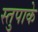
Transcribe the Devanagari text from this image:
स्तुपाके